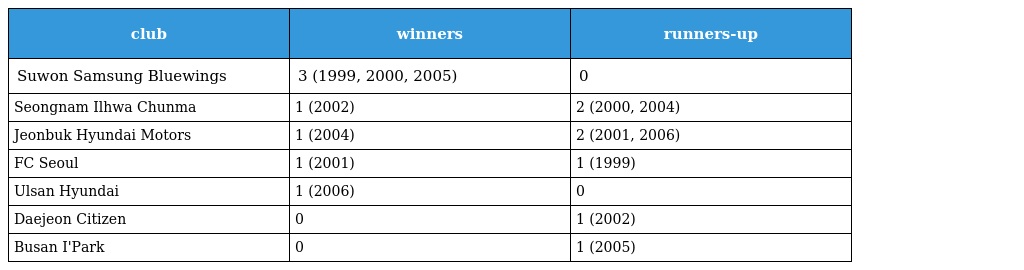
| club | winners | runners-up |
 | --- | --- | --- |
 | Suwon Samsung Bluewings | 3 (1999, 2000, 2005) | 0 |
 | Seongnam Ilhwa Chunma | 1 (2002) | 2 (2000, 2004) |
 | Jeonbuk Hyundai Motors | 1 (2004) | 2 (2001, 2006) |
 | FC Seoul | 1 (2001) | 1 (1999) |
 | Ulsan Hyundai | 1 (2006) | 0 |
 | Daejeon Citizen | 0 | 1 (2002) |
 | Busan I'Park | 0 | 1 (2005) |